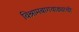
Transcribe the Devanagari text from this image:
विश्रामबागवाड्याची